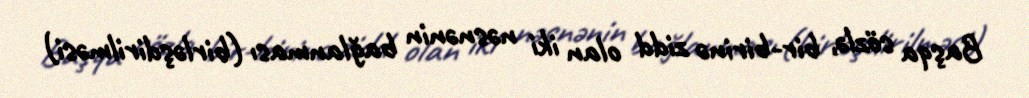
Başqa sözlə, bir-birinə zidd olan iki nəsnənin bağlanması (birləşdirilməsi)